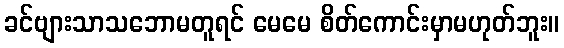
ခင်ဗျားသာသဘောမတူရင် မေမေ စိတ်ကောင်းမှာမဟုတ်ဘူး။